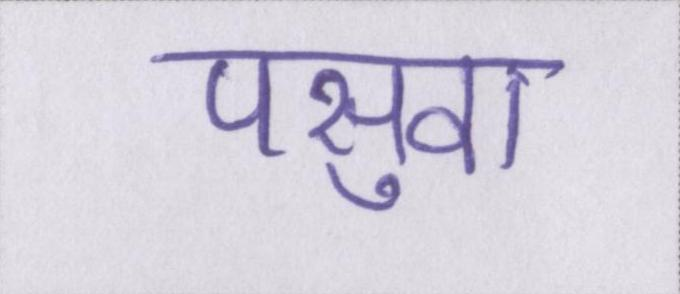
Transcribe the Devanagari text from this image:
पसुवा